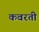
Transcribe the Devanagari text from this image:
कवरती